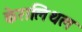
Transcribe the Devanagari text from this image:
केरालिथल